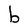
Character: b